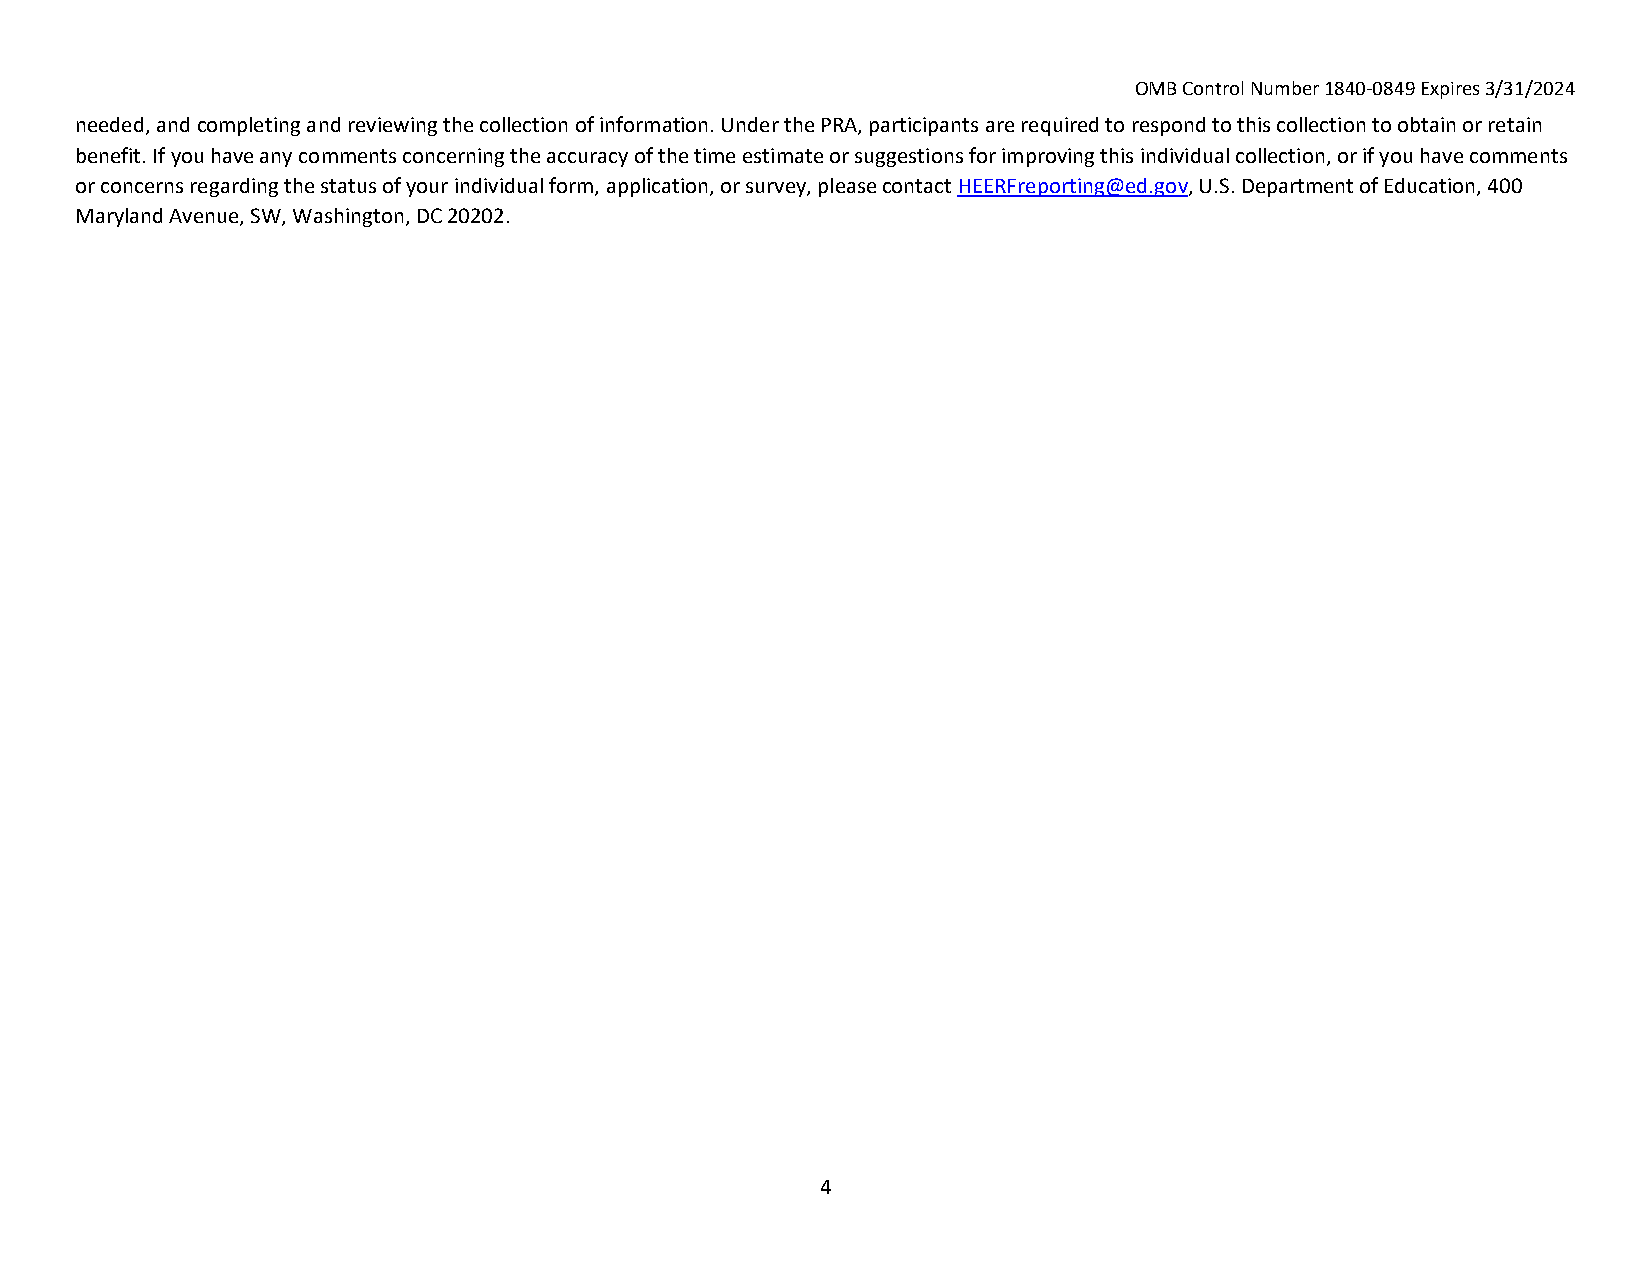
OMB Control Number 1840‐0849 Expires 3/31/2024
 needed, and completing and reviewing the collection of information. Under the PRA, participants are required to respond to this collection to obtain or retain
 benefit. If you have any comments concerning the accuracy of the time estimate or suggestions for improving this individual collection, or if you have comments
 or concerns regarding the status of your individual form, application, or survey, please contact HEERFreporting@ed.gov, U.S. Department of Education, 400
 Maryland Avenue, SW, Washington, DC 20202.
 4